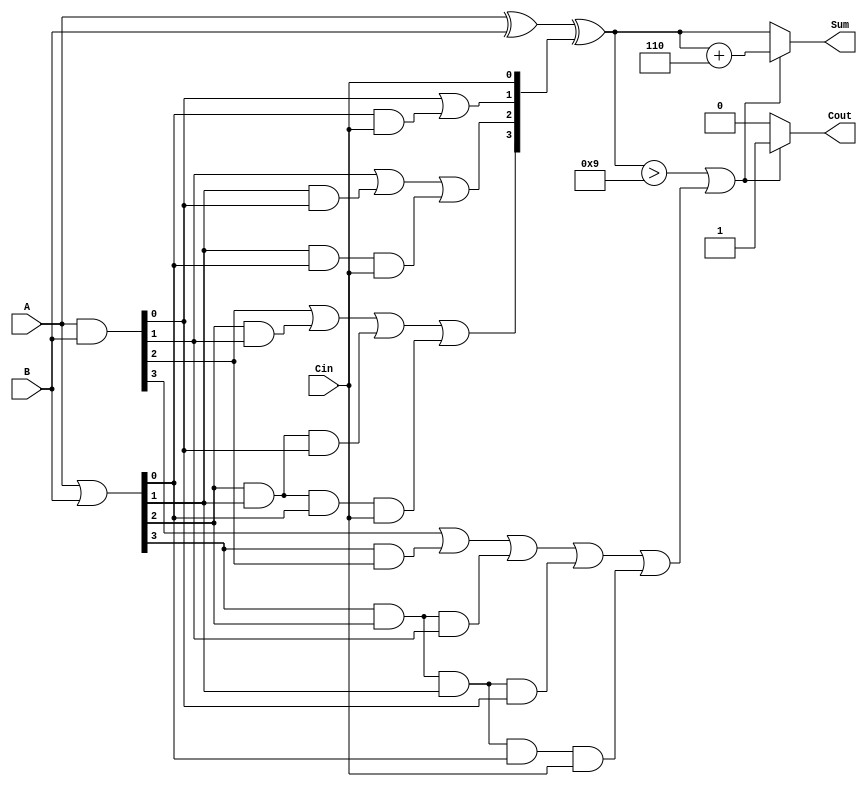
module BCD_Carry_Lookahead_Adder (
    input  [3:0] A,        // First BCD digit
    input  [3:0] B,        // Second BCD digit
    input        Cin,       // Carry-in
    output reg [3:0] Sum,   // BCD Sum output
    output reg Cout         // Carry-out
);

    wire [3:0] G;          // Generate signals
    wire [3:0] P;          // Propagate signals
    wire [4:0] C;          // Carry signals

    // Generate and Propagate calculations
    assign G = A & B;      // G[i] = A[i] & B[i]
    assign P = A | B;      // P[i] = A[i] | B[i]

    // Carry signal calculations
    assign C[0] = Cin; 
    assign C[1] = G[0] | (P[0] & C[0]);
    assign C[2] = G[1] | (P[1] & G[0]) | (P[1] & P[0] & C[0]);
    assign C[3] = G[2] | (P[2] & G[1]) | (P[2] & P[1] & G[0]) | (P[2] & P[1] & P[0] & C[0]);
    assign C[4] = G[3] | (P[3] & G[2]) | (P[3] & P[2] & G[1]) | (P[3] & P[2] & P[1] & G[0]) | (P[3] & P[2] & P[1] & P[0] & C[0]);

    // Raw sum calculation
    wire [3:0] raw_sum;
    assign raw_sum = A ^ B ^ C[3:0]; // Sum[i] = A[i] XOR B[i] XOR C[i]

    // BCD Correction Logic
    always @(*) begin
        if (raw_sum > 4'd9 || C[4]) begin
            Sum = raw_sum + 4'd6; // Correct the sum by adding 6
            Cout = 1'b1;          // Set carry-out
        end else begin
            Sum = raw_sum;        // No correction needed
            Cout = 1'b0;          // No carry-out
        end
    end

endmodule